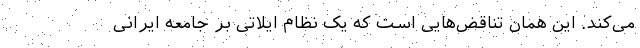
می‌کند. این همان تناقض‌هایی است که یک نظام ایلاتی بر جامعه ایرانی